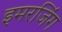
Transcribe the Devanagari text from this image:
इमरजिंग